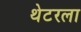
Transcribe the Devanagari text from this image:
थेटरला